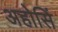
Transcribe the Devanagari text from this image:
अहोसिं